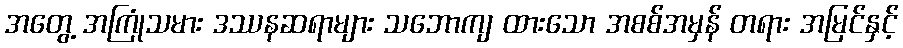
အတွေ့ အကြုံသမား ဒဿနဆရာများ သဘောကျ ထားသော အစစ်အမှန် တရား အမြင်နှင့်